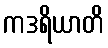
ကဒရိယာတိ